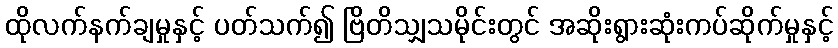
ထိုလက်နက်ချမှုနှင့် ပတ်သက်၍ ဗြိတိသျှသမိုင်းတွင် အဆိုးရွားဆုံးကပ်ဆိုက်မှုနှင့်